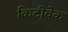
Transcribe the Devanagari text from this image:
किटीवेक